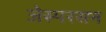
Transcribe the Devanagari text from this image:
जेस्परसन